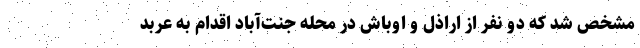
مشخص شد که دو نفر از اراذل و اوباش در محله جنت‌آباد اقدام به عربد